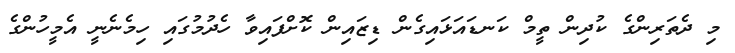
މި ދެތަރިންގެ ކުދިން ތީމް ކަނޑައަޅައިގެން ޑިޒައިން ކޮށްފައިވާ ހެދުމުގައި ހިމެނެނީ އެމީހުންގެ